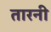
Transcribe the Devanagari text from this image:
तारनी